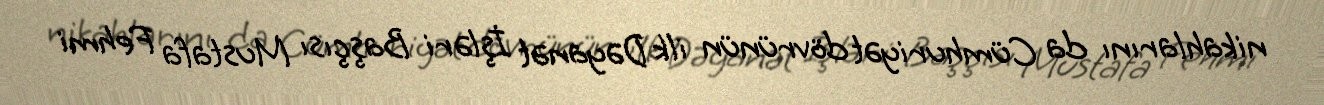
nikahlarını da Cümhuriyət dövrünün ilk Dəyanət İşləri Başçısı Mustafa Fehmi